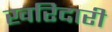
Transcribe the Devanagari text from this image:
खरिदारी